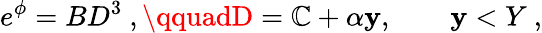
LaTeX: e^{\phi}=BD^{3}\ ,\qquadD=\mathbb{C}+\alpha\mathbf{y},\qquad\mathbf{y}<Y\ ,